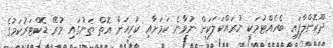
ދޫކޮށްލާފައި ބެހެއްޓުމަކީ ނުރައްކަލަކަށް ނުވާނެ ކަމަށާއި ކުރިއަށް އޮތް ތަނުގައި މުރޭ ޑޮކްޓަރުކަމުގެ